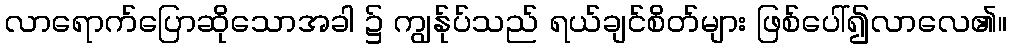
လာရောက်ပြောဆိုသောအခါ ၌ ကျွန်ုပ်သည် ရယ်ချင်စိတ်များ ဖြစ်ပေါ်၍လာလေ၏။